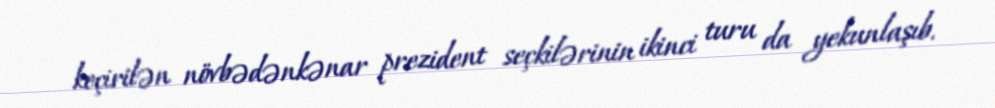
keçirilən növbədənkənar prezident seçkilərinin ikinci turu da yekunlaşıb.